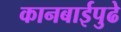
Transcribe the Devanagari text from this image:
कानबाईपुढे